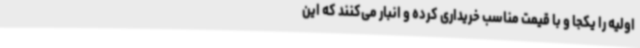
اولیه را یکجا و با قیمت مناسب خریداری کرده و انبار می‌کنند که این